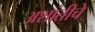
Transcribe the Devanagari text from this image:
अशांतीचे